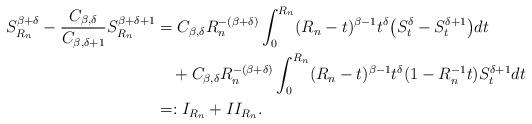
LaTeX: \begin{align*}S_{R_n}^{\beta+\delta} - \frac{C_{\beta,\delta}}{C_{\beta, \delta +1}} S_{R_n}^{\beta+\delta+1}&=C_{\beta,\delta}R_n^{-(\beta+\delta)}\int^{R_n}_0 (R_n - t)^{\beta -1}t^\delta\big(S_t^{\delta}-S_t^{\delta+1} \big)d t\\&\ \ \ + C_{\beta,\delta}R_n^{-(\beta+\delta)}\int^{R_n}_0 (R_n - t)^{\beta -1}t^\delta(1-R_n^{-1}t)S_t^{\delta+1}d t\\&=:I_{R_n}+II_{R_n}.\end{align*}